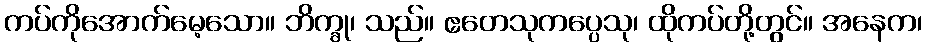
ကပ်ကိုအောက်မေ့သော။ ဘိက္ခု၊ သည်။ ဧတေသုကပ္ပေသု၊ ထိုကပ်တို့တွင်။ အနေက၊